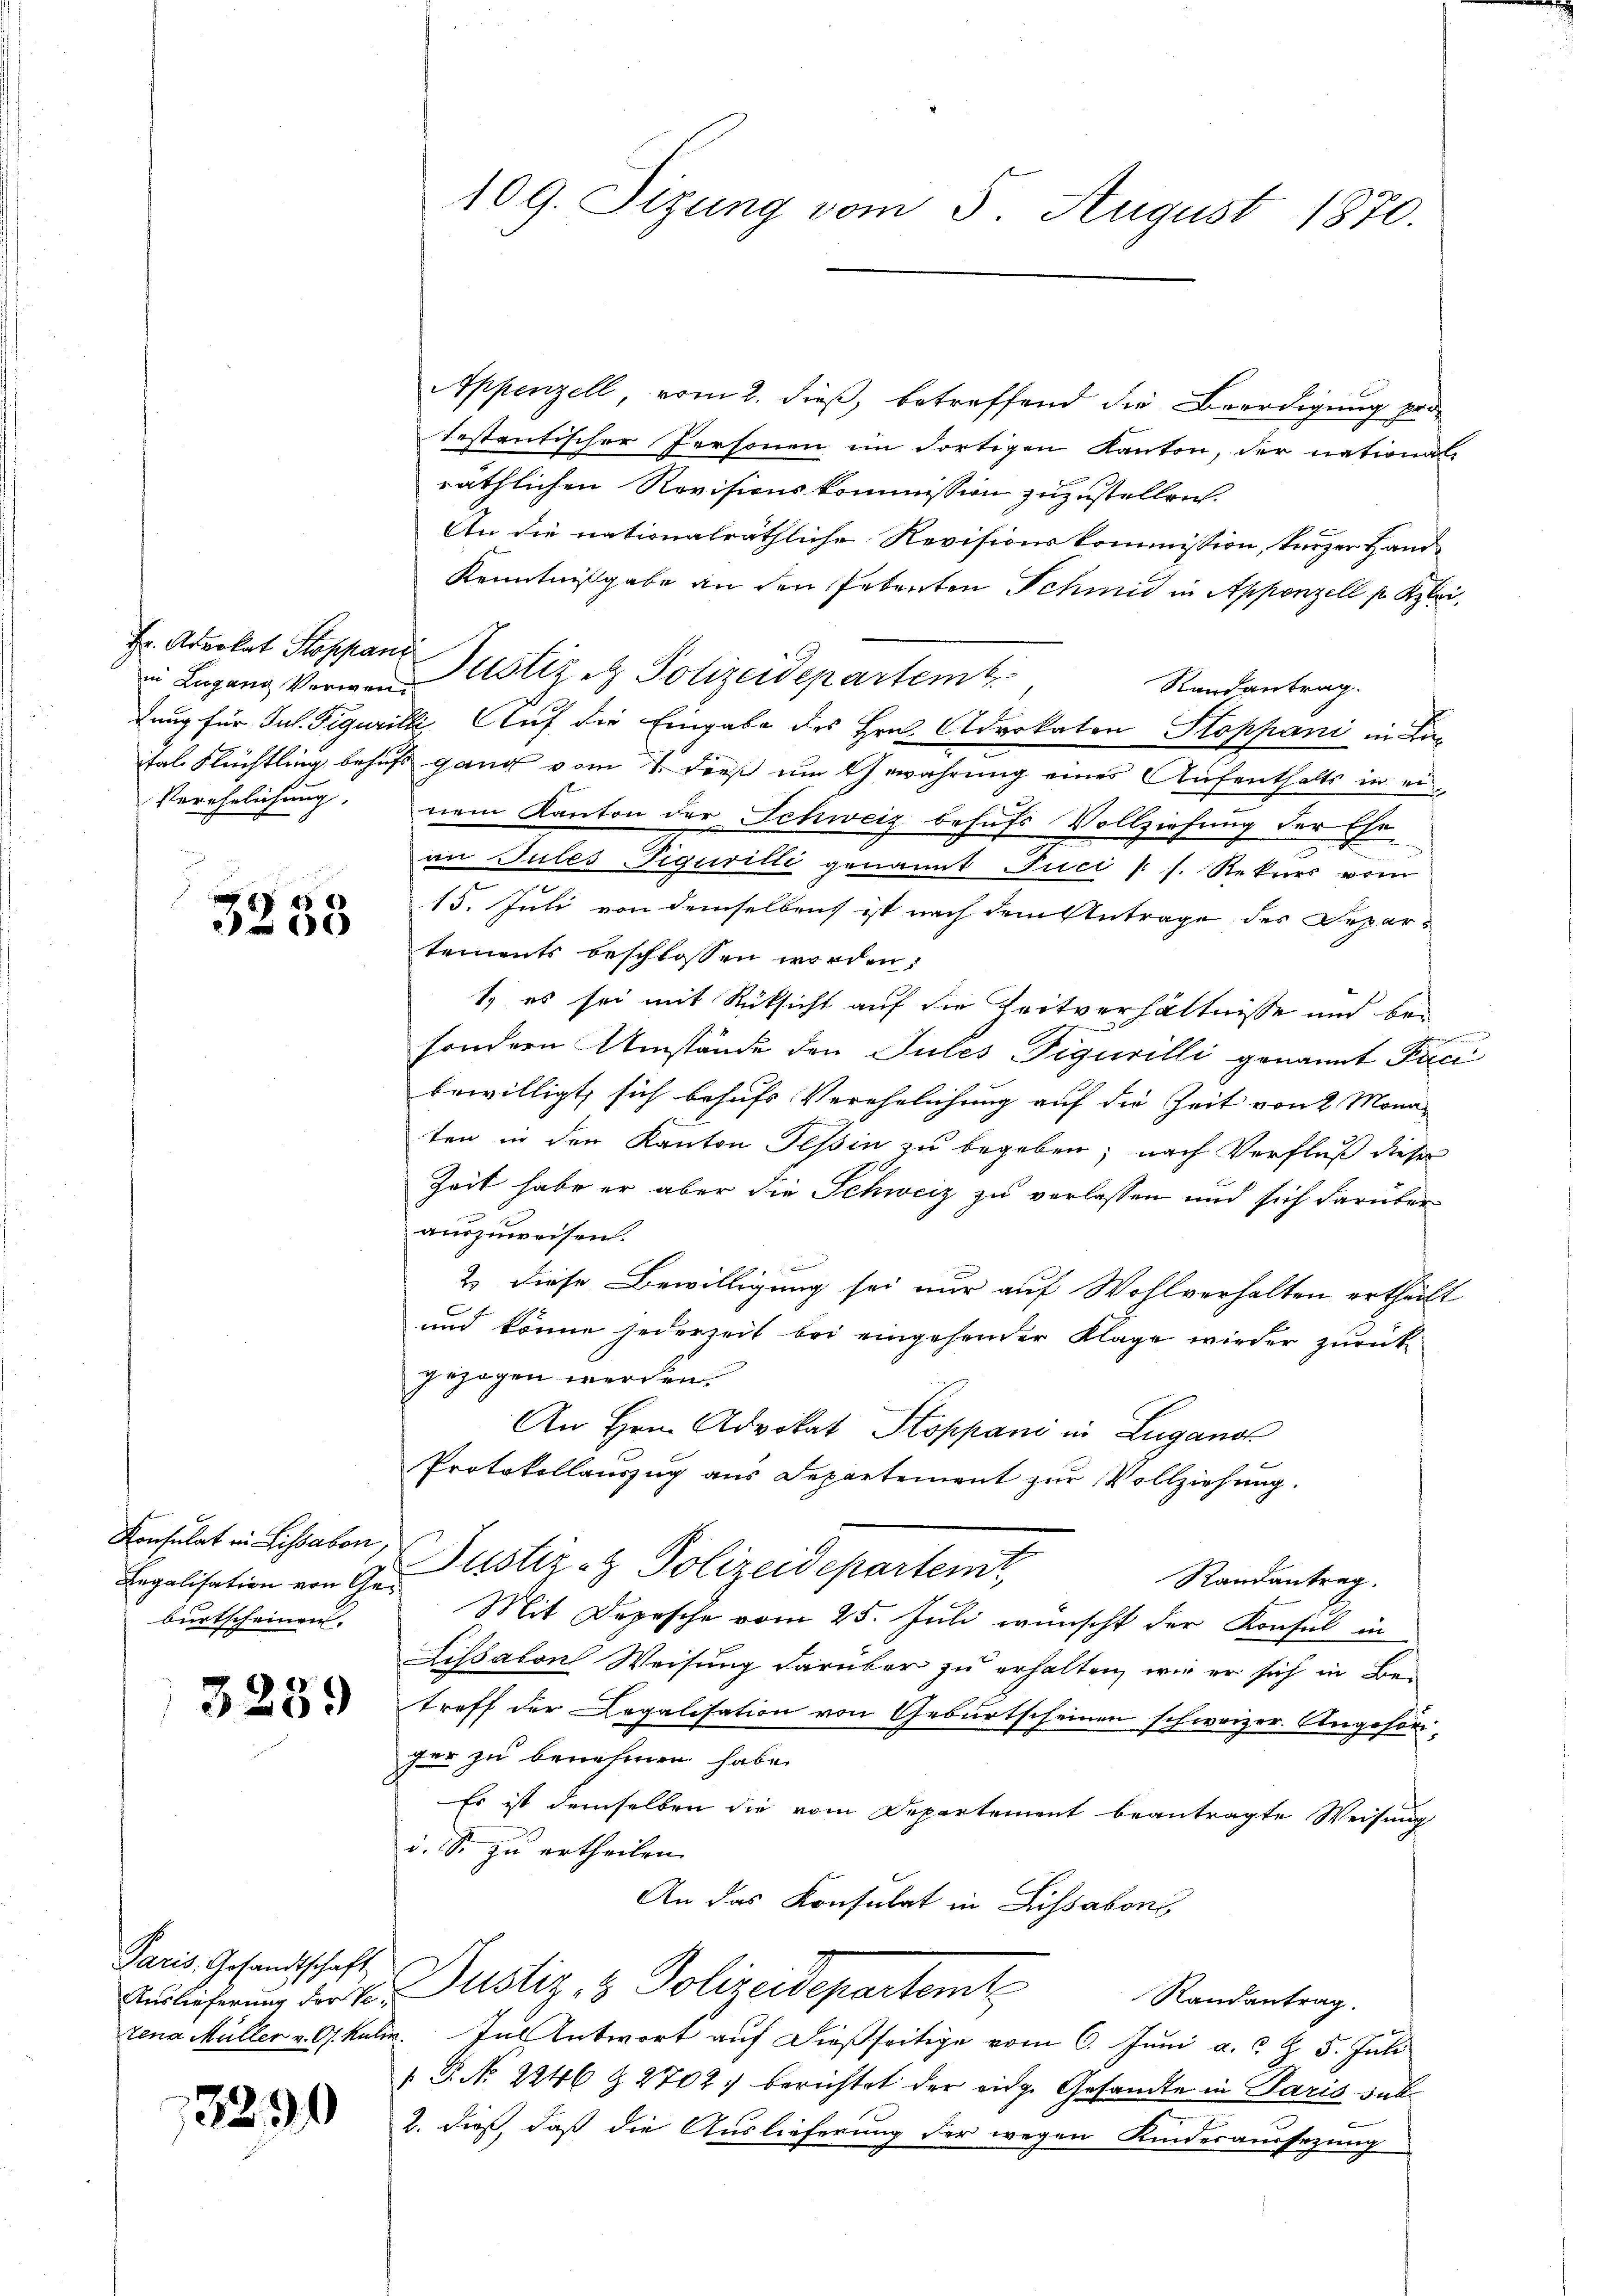
in Lugang Verwen¬
Verehelichung. |

3253

Konsulat in Lissabon,
Legalisation von Geburtscheinen.

3259

Paris, Gesandtschaft
zena Müller v. Gs. kuli

13290

109. Sizung vom 5. August 1870.

Appenzell, vom 2. dieß, betreffend die Beerdigung pro
testantischer Personen im dortigen Kanton, der national-
räthlichen Revisionskommission zuzustellen.
An die nationalräthliche Revisionskommission, kurzer Hand¬
Kenntnißgabe an den Petenten Schmid in Appenzell s Klei¬
F. Advokat Stoppans Justiz & Polizeidepartem
Randantrag.
fung für Jul. Figurille Auf die Eingabe des Hrn. Advokaten Stoppani in Lan
ital Flüchtling behufs ganz vom 7. dieß um Gewahrung eines Aufenthalts in ein
nem Kanton der Schweiz behufs Vollziehung der Ehe
.
an Tules Figuritli genannt Puci (s. Rekurs vom
15. Juli von demselben ist nach dem Antrage des Depar-
tements beschlossen worden;
1. es sei mit Rücksicht auf die Zeitverhältnisse und be-

sondern Umstände den Gutes Figurilli genannt Peci
bewilligt, sich behufs Verehelichung auf die Zeit von 2 Mona
ten in den Kanton Tessin zu begeben; nach Verfluß dieser
Zeit habe er aber die Schweiz zu verlassen und sich darüber
auszuweisen.
2.) Diese Bewilligung sei nur auf Wohlverhalten ertheilt
und könne jederzeit bei eingehender Klage wieder zurück
gezogen werden.
An Hrn. Advokat Stoppani in Lugano
Protokollauszug aus Departement zur Vollziehung.
Justiz- & Polizeidepartem
Randantrag.
Mit Depesche vom 25. Juli wünscht der Konsul in
Lissaton Weisung darüber zu erhalten, wie er sich in Betreff der Legalisation von Geburtscheinen schweizer. Angehör
ger zu benehmen habe.
Es ist derselben die vom Departement beantragte Weisung
d. S. zu ertheilen.
An das Konsulat in Lissabons
Anlieferung der u. Justiz & Polizeidepartemb
Randantrag
.Jus Antwort auf dießseitige vom 6. Juni a. c. d. 5. Juli
 P. No 2246 § 2702. berichtet der eidg. Gesandte in Paris sub¬
2. dieß, daß die Auslieferung der wegen Kindesaussezung